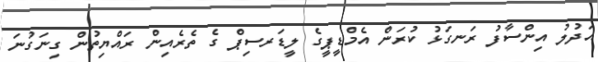
އަދުލު އިންސާފު ރަނގަޅު ކުރަން އެމްޑީޕީގެ ލީޑަރސިޕް ގެ ތެރެއިން ރައްޔިތުން ގިނަގުނަ